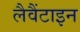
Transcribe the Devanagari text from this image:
लैवैंटाइन